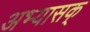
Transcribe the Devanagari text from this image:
अभ्यासक्